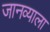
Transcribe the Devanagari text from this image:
जानव्याला